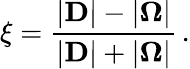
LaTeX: \xi=\frac{\lvert\mathbf{D}\rvert-\lvert\boldsymbol{\Omega}\rvert}{\lvert\mathbf{D}\rvert+\lvert\boldsymbol{\Omega}\rvert}\, .